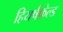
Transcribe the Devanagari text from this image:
हियर्षफ़ेल्ड